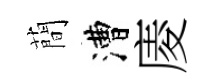
蕳漕庱